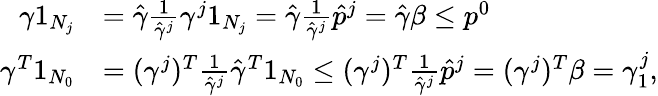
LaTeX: \begin{array}{rl}{\gamma 1_{N_{j}}}&{=\hat{\gamma}\frac{1}{\hat{\gamma}^{j}}\gamma^{j}1_{N_{j}}=\hat{\gamma}\frac{1}{\hat{\gamma}^{j}}\hat{p}^{j}=\hat{\gamma}\beta\leq p^{0}}\\ {\gamma^{T}1_{N_{0}}}&{=(\gamma^{j})^{T}\frac{1}{\hat{\gamma}^{j}}\hat{\gamma}^{T}1_{N_{0}}\leq(\gamma^{j})^{T}\frac{1}{\hat{\gamma}^{j}}\hat{p}^{j}=(\gamma^{j})^{T}\beta=\gamma_{1}^{j},}\end{array}